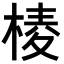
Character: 𣖓